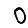
Digit: 0